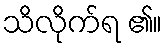
သိလိုက်ရ ၏။